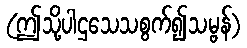
(ဤသို့ပါဌသေသစွက်၍သမ္ဗန်)